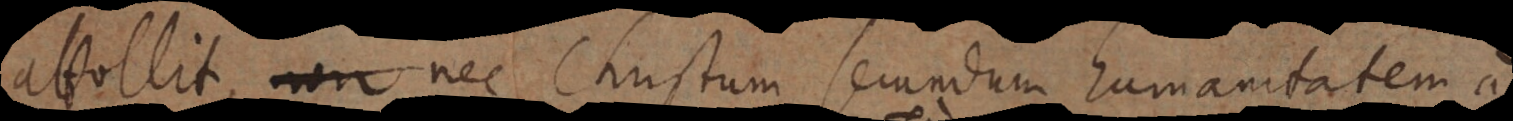
attollit, nec Christum secundum humanitatem a